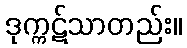
ဒုက္ကဋ်သာတည်း။